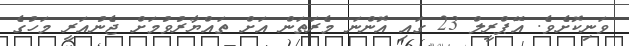
ވަނިކޮށެވެ. އޭޕްރީލް 23 ގައި އޮންނަ މެރަތަން އަށް ތައްޔާރުވުމަށް ޖެނުއަރީ މަހުގެ